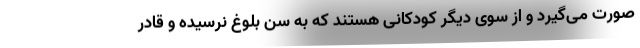
صورت می‌گیرد و از سوی دیگر کودکانی هستند که به سن بلوغ نرسیده و قادر